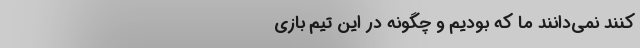
‌‌‌‌‌‌‌‌‌‌‌‌‌‌‌‌‌‌کنند نمی‌دانند ما که بودیم و چگونه در این تیم بازی